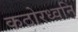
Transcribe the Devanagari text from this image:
कठोरध्वनि